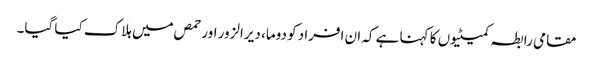
مقامی رابطہ کمیٹیوں کا کہنا ہے کہ ان افراد کو دوما، دیرالزور اور حمص میں ہلاک کیا گیا۔